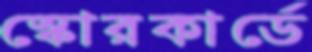
স্কোরকার্ডে